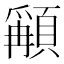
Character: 𩔋